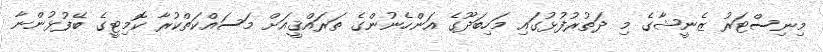
މިނިސްޓަރު ޒެނީޝާގެ މި ދަތުރުފުޅުގައި މަހިބަދޫގެ އަންހެނުންގެ ތަރައްޤީއަށް މަސައްކަތްކުރާ ކޮމިޓީގެ ބޭފުޅުންނާ